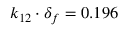
k _ { 1 2 } \cdot \delta _ { f } = 0 . 1 9 6